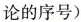
论的序号)